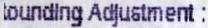
ROUNDING ADJUSTMENT :